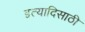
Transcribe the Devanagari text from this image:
इत्यादिसाठी